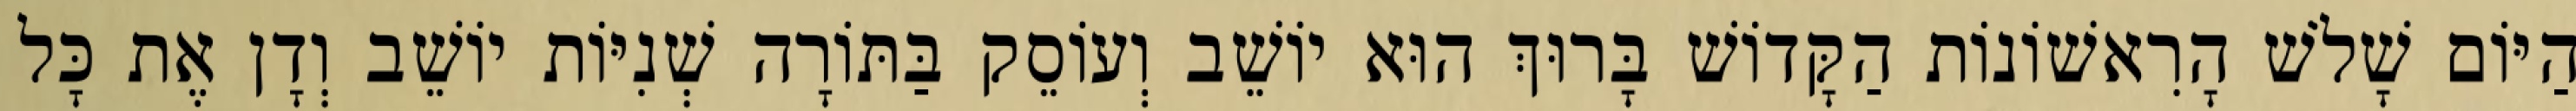
הַיּוֹם שָׁלֹשׁ הָרִאשׁוֹנוֹת הַקָּדוֹשׁ בָּרוּךְ הוּא יוֹשֵׁב וְעוֹסֵק בַּתּוֹרָה שְׁנִיּוֹת יוֹשֵׁב וְדָן אֶת כָּל